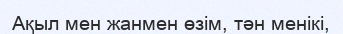
Ақыл мен жанмен өзім, тән менікі,